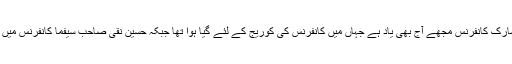
سن دوہزار سات میں دلی کی سارک کانفرنس مجھے آج بھی یاد ہے جہاں میں کانفرنس کی کوریج کے لئے گیا ہوا تھا جبکہ حسین نقی صاحب سیفما کانفرنس میں شرکت کے لئے دلی میں تھے۔